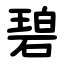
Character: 碧